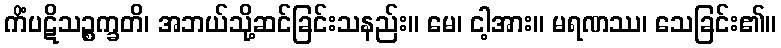
ကိံပဋိသဉ္စက္ခတိ၊ အဘယ်သို့ဆင်ခြင်းသနည်း။ မေ၊ ငါ့အား။ မရဏဿ၊ သေခြင်း၏။